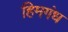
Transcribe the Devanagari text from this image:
हिमगंध